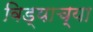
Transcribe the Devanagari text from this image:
विड्याच्‍या